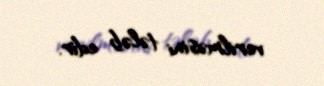
verilməsini tələb edir.